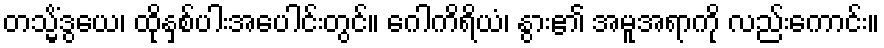
တသ္မိံဒွယေ၊ ထိုနှစ်ပါးအပေါင်းတွင်။ ဂေါကိရိယံ၊ နွား၏ အမူအရာကို လည်းကောင်း။